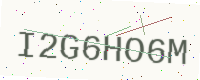
Text: I2G6HO6M